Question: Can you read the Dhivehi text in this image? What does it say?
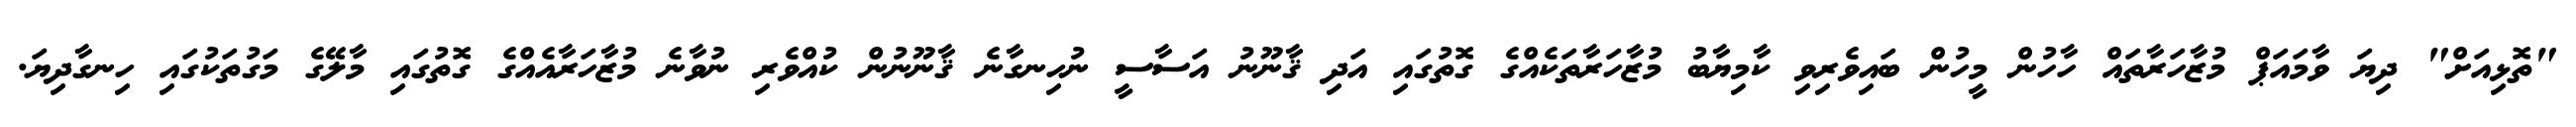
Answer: "ތޮޅިއަށް" ދިޔަ ވާމައަޕް މުޒާހަރާތައް ހާހުން މީހުން ބައިވެރިވި ކާމިޔާބު މުޒާހަރާތަކެއްގެ ގޮތުގައި އަދި ޤާނޫނު އަސާސީ ނުހިނގާނެ ޤާނޫނުން ކުއްވެރި ނުވާނެ މުޒާހަރާއެއްގެ ގޮތުގައި މާލޭގެ މަގުތަކުގައި ހިނގާދިޔަ.